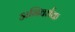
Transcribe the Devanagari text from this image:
अभिवर्धक